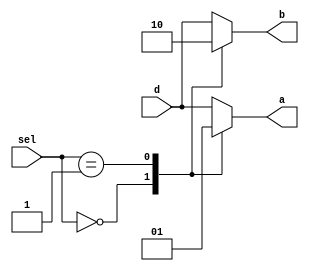
module test
  (output reg       a,
   output reg	    b,
   input wire [1:0] sel,
   input wire	    d
   /* */);

   always @* begin
      b = d;
      case (sel)
	0:
	  begin
	     a = 0;
	     b = 1;
	  end
	1:
	  begin
	     a = 1;
	     b = 0;
	  end
	default:
	  begin
	     a = d;
	  end
      endcase // case (sel)
   end // always @ *

endmodule